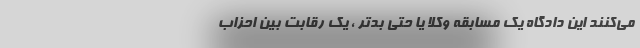
می‌کنند این دادگاه یک مسابقه وکلا یا حتی بدتر ، یک رقابت بین احزاب